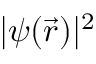
| \psi ( { \vec { r } } ) | ^ { 2 }